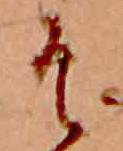
そ